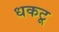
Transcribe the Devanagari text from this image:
धकटू